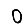
Digit: 0